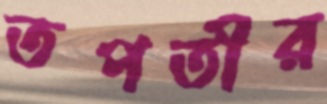
তপতীর